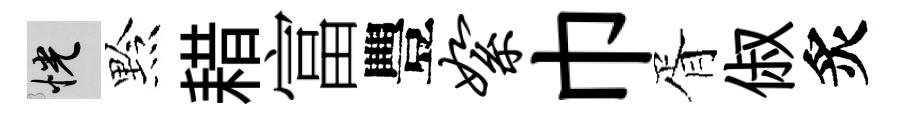
恍黔耤富豐絮巾胥俶炙